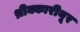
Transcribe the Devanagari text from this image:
थ्रीक्कारीयूर